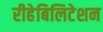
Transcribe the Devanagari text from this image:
रीहेबिलिटेशन